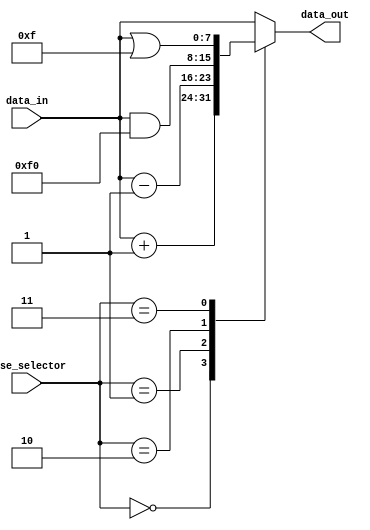
module parallel_case_statement (
    input wire [2:0] case_selector,
    input wire [7:0] data_in,
    output wire [7:0] data_out
);

reg [7:0] output_data;

always @* begin
    case (case_selector)
        3'b000: output_data = data_in + 8'b00000001; // Case 0
        3'b001: output_data = data_in - 8'b00000001; // Case 1
        3'b010: output_data = data_in & 8'b11110000; // Case 2
        3'b011: output_data = data_in | 8'b00001111; // Case 3
        default: output_data = data_in; // Default case
    endcase
end

assign data_out = output_data;

endmodule